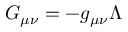
G _ { \mu \nu } = - g _ { \mu \nu } \Lambda